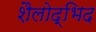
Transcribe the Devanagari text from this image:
शैलोद्भिद